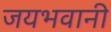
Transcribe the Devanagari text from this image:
जयभवानी